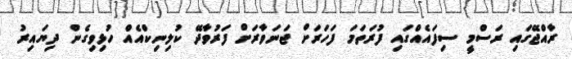
ރާއްޖޭގައި ރަސްމީ ސިފައެއްގައި ފުރަތަމަ ފަހަރަށް ޖަނަވާރަށް ފަރުވާދޭ ކުލިނިކްއެއް ހުޅިވިގެން ދިޔައިރު